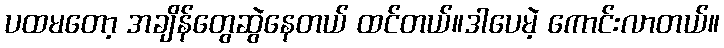
ပထမတော့ အချိန်တွေဆွဲနေတယ် ထင်တယ်။ဒါပေမဲ့ ကောင်းလာတယ်။